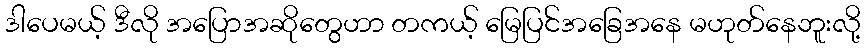
ဒါပေမယ့် ဒီလို အပြောအဆိုတွေဟာ တကယ့် မြေပြင်အခြေအနေ မဟုတ်နေဘူးလို့